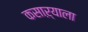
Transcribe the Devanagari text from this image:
कसाऱ्याला